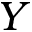
Y